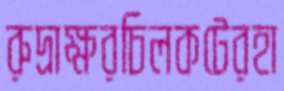
রুদ্রাক্ষরচিলকটেরহা